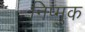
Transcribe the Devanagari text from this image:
निप्मुक